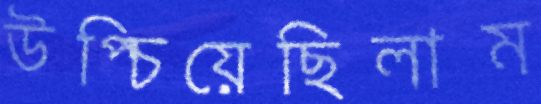
উপ্‌চিয়েছিলাম